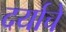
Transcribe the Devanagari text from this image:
दर्याचे